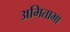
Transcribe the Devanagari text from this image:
अमिताभा